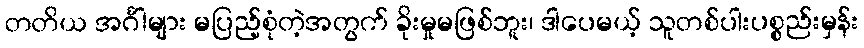
တတိယ အင်္ဂါများ မပြည့်စုံတဲ့အတွက် ခိုးမှုမဖြစ်ဘူး၊ ဒါပေမယ့် သူတစ်ပါးပစ္စည်းမှန်း